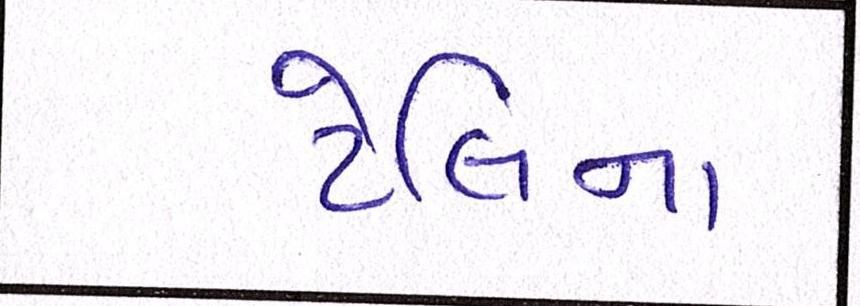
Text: ટેલિના